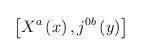
LaTeX: \begin{align*}\left[ X^{a}\left( x\right) ,j^{0b}\left( y\right) \right]\end{align*}